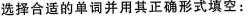
选择合适的单词并用其正确形式填空: